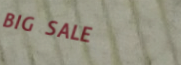
BIG SALE